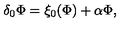
\delta _ { 0 } \Phi = \xi _ { 0 } ( \Phi ) + \alpha \Phi ,